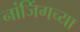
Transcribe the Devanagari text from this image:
नांजिंगच्या